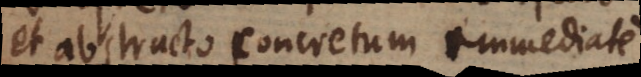
et abstracto concretum immediate